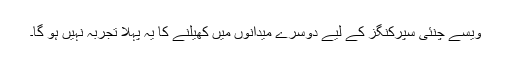
ویسے چنئی سپرکنگز کے لیے دوسرے میدانوں میں کھیلنے کا یہ پہلا تجربہ نہیں ہو گا۔